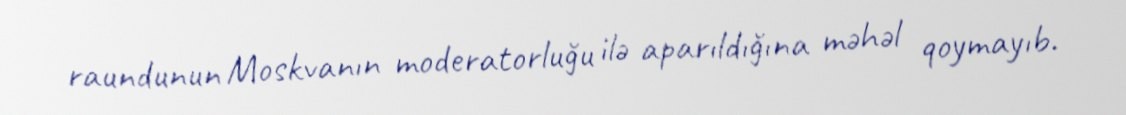
raundunun Moskvanın moderatorluğu ilə aparıldığına məhəl qoymayıb.